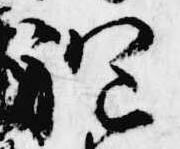
袍